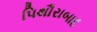
પિથૌરાબાદ